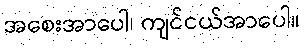
အစေးအာပေါ၊ ကျင်ငယ်အာပေါ။